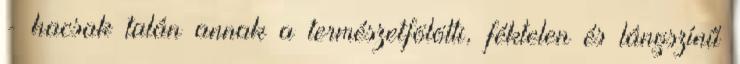
- hacsak talán annak a természetfölötti, féktelen és lángszínű